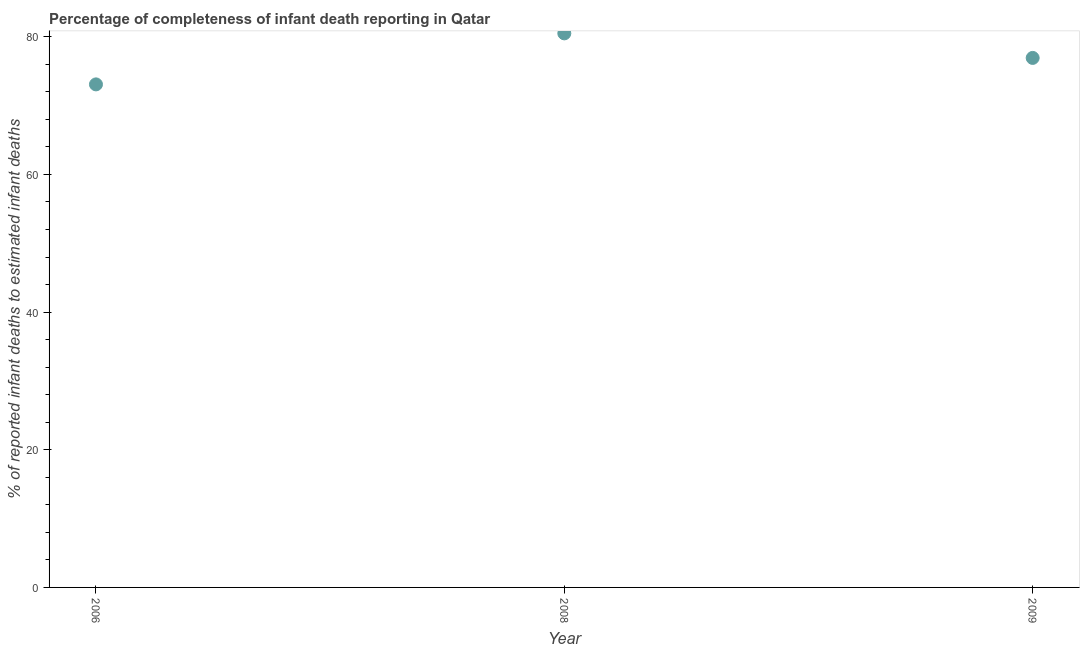
| Year | Completeness of infant death reporting |
 | --- | --- |
 | 2006 | 73.1 |
 | 2008 | 80.5 |
 | 2009 | 76.9 |